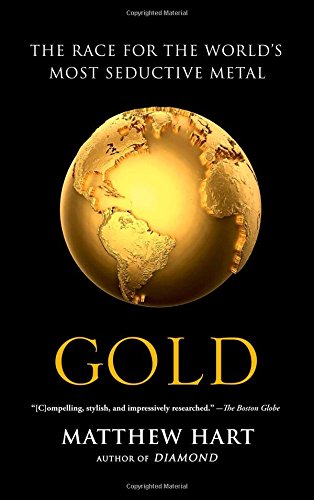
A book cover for Gold: The Race for the World's Most Seductive Metal; Matthew Hart; Business & Money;